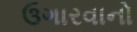
ઉગારવાનો